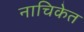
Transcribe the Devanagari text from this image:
नाचिकेत